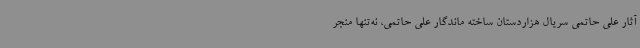
آثار علی حاتمی سریال هزاردستان ساخته ماندگار علی حاتمی، نه‌تنها منجر